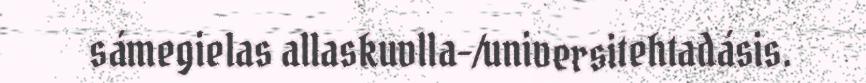
sámegielas allaskuvlla-/universitehtadásis.